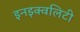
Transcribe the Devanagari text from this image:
इनइक्वलिटी